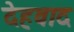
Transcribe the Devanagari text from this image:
देहवाद